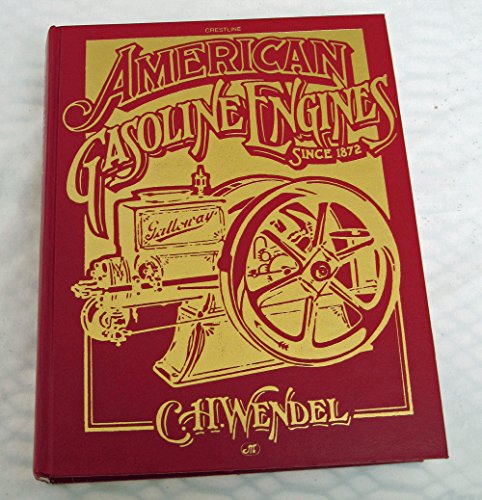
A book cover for American Gasoline Engines Since 1872 (Crestline Series); C. H. Wendel; Engineering & Transportation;